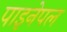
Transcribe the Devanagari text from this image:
पाइनेपल